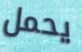
يحمل